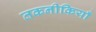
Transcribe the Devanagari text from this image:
तकनीकियाँ